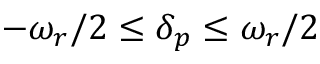
- \omega _ { r } / 2 \leq \delta _ { p } \leq \omega _ { r } / 2